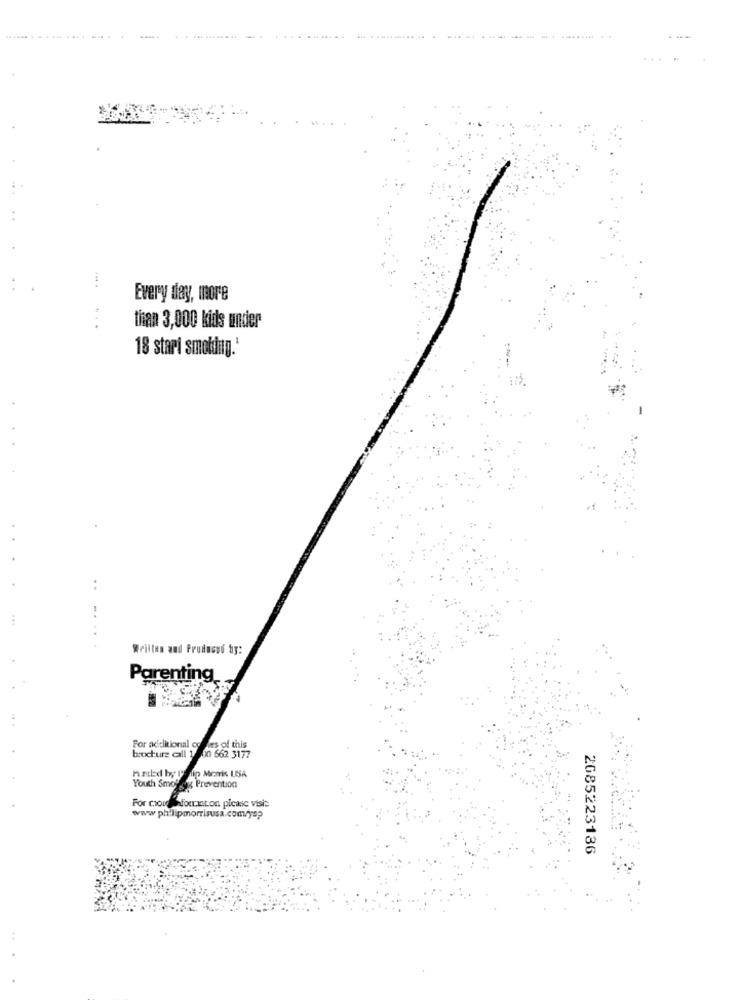
---
Every day, more
...
than 3,000 kids under
18 stari smoldug."
..
..
Written and Produced by:
Parenting
For additional co les of this
brochure call 1 30 662 3177
Youth Smog Prevention
For cion Aforinton please visit
www philipmorrisusa.com/yys?
2085223186